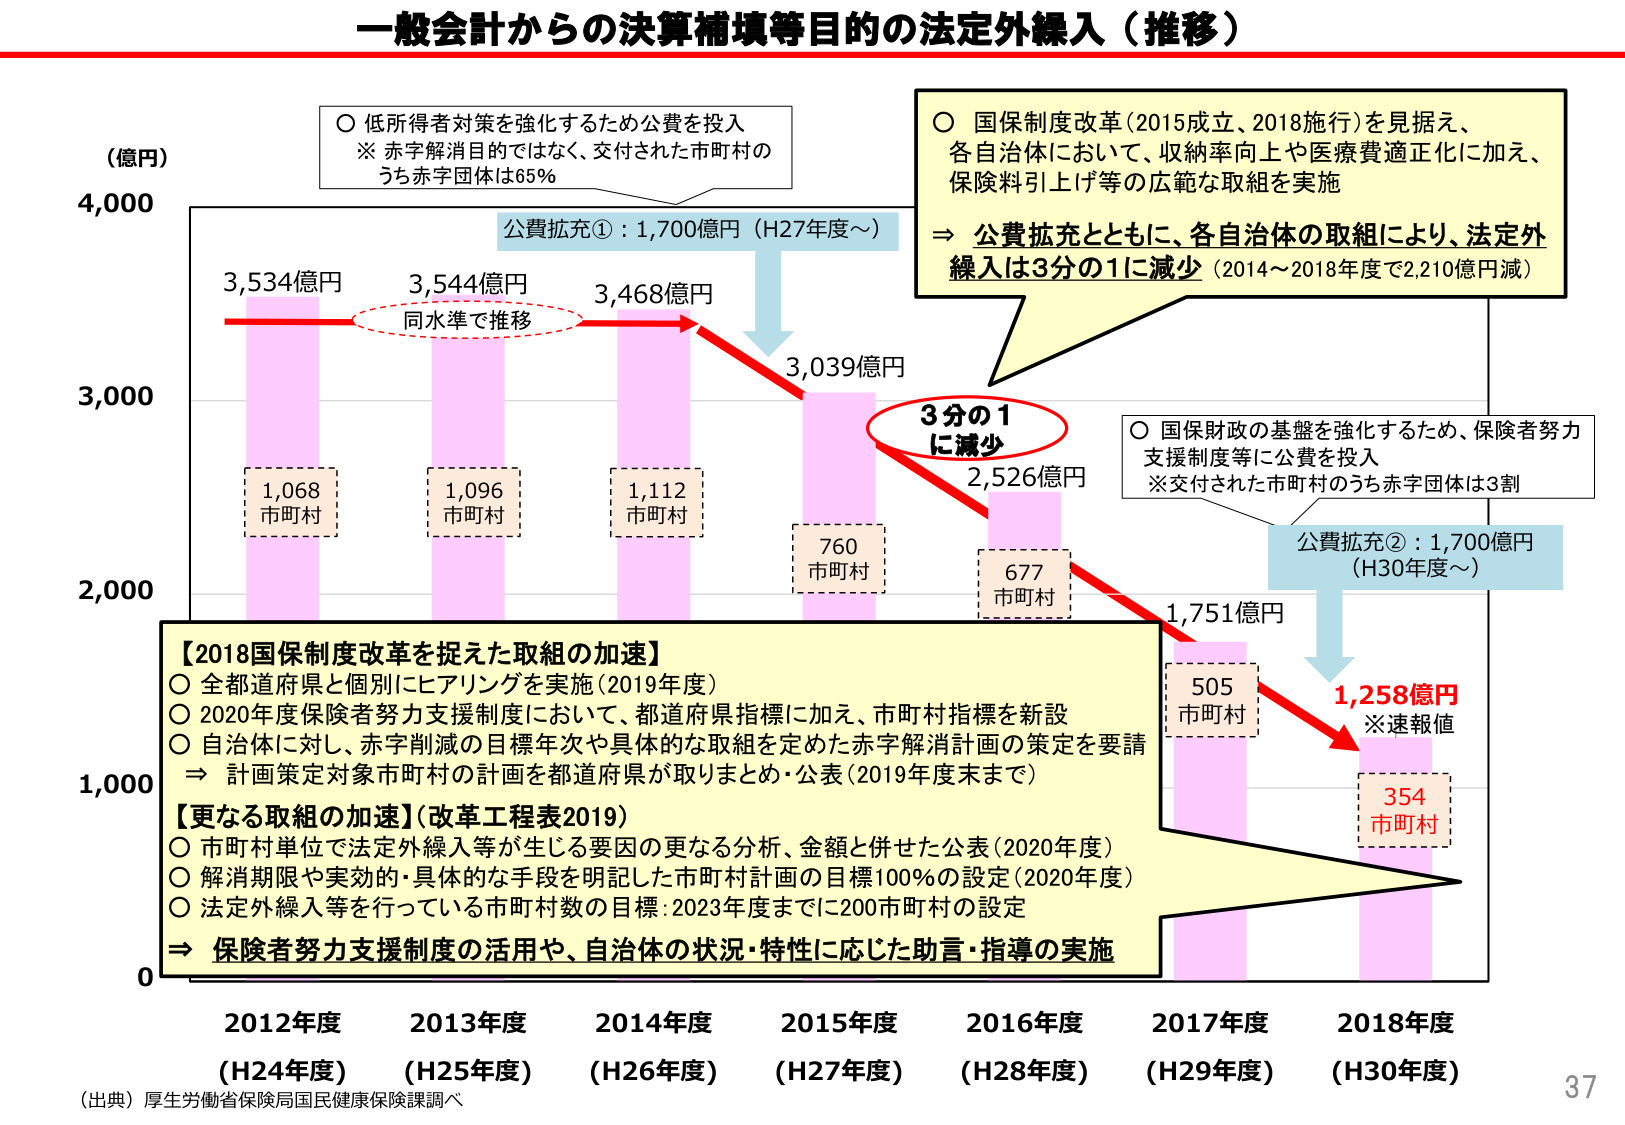
一般会計からの決算補填等目的の法定外繰入（推移）

（億円）
4,000
3,534億円
3,544億円
3,468億円
3,039億円
2,526億円
1,751億円
1,258億円
※速報値

同水準で推移

○ 低所得者対策を強化するため公費を投入
※ 赤字解消目的ではなく、交付された市町村の
うち赤字団体は65%

公費拡充①：1,700億円（H27年度～）

○ 国保制度改革（2015成立、2018施行）を見据え、
各自治体において、収納率向上や医療費適正化に加え、
保険料引上げ等の広範な取組を実施
⇒ 公費拡充とともに、各自治体の取組により、法定外
繰入は3分の1に減少（2014～2018年度で2,210億円減）

3分の1
に減少

○ 国保財政の基盤を強化するため、保険者努力
支援制度等に公費を投入
※交付された市町村のうち赤字団体は3割

公費拡充②：1,700億円
（H30年度～）

【2018国保制度改革を捉えた取組の加速】
○ 全都道府県と個別にヒアリングを実施（2019年度）
○ 2020年度保険者努力支援制度において、都道府県指標に加え、市町村指標を新設
○ 自治体に対し、赤字削減の目標年次や具体的な取組を定めた赤字解消計画の策定を要請
⇒ 計画策定対象市町村の計画を都道府県が取りまとめ・公表（2019年度末まで）

【更なる取組の加速】（改革工程表2019）
○ 市町村単位で法定外繰入等が生じる要因の更なる分析、金額と併せた公表（2020年度）
○ 解消期限や実効的・具体的な手段を明記した市町村計画の目標100％の設定（2020年度）
○ 法定外繰入等を行っている市町村数の目標：2023年度までに200市町村の設定
⇒ 保険者努力支援制度の活用や、自治体の状況・特性に応じた助言・指導の実施

1,068
市町村
1,096
市町村
1,112
市町村
760
市町村
677
市町村
505
市町村
354
市町村

2,000
1,000
0

2012年度
（H24年度）
2013年度
（H25年度）
2014年度
（H26年度）
2015年度
（H27年度）
2016年度
（H28年度）
2017年度
（H29年度）
2018年度
（H30年度）

（出典）厚生労働省保険局国民健康保険課調べ

37